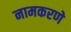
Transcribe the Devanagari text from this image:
नामकरणे